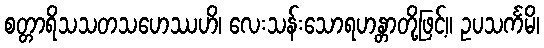
စတ္တာရိသသတသဟေဿဟိ၊ လေးသန်းသောရဟန္တာတို့ဖြင့်။ ဥပသင်္ကမိ၊